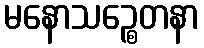
မနောသဉ္စေတနာ